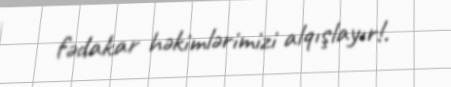
fədakar həkimlərimizi alqışlayır!.